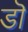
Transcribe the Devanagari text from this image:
डॊ